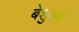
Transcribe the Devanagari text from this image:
बेशुबहा